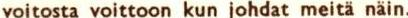
voitosta voittoon kun johdat meitä näin